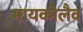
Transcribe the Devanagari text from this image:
मायकोलैव